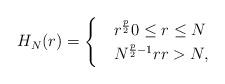
LaTeX: \begin{align*} H_N(r)=\begin{cases} &r^{\frac{p}{2}}0\leq r\leq N\\&N^{\frac{p}{2}-1}r r> N,\end{cases}\end{align*}